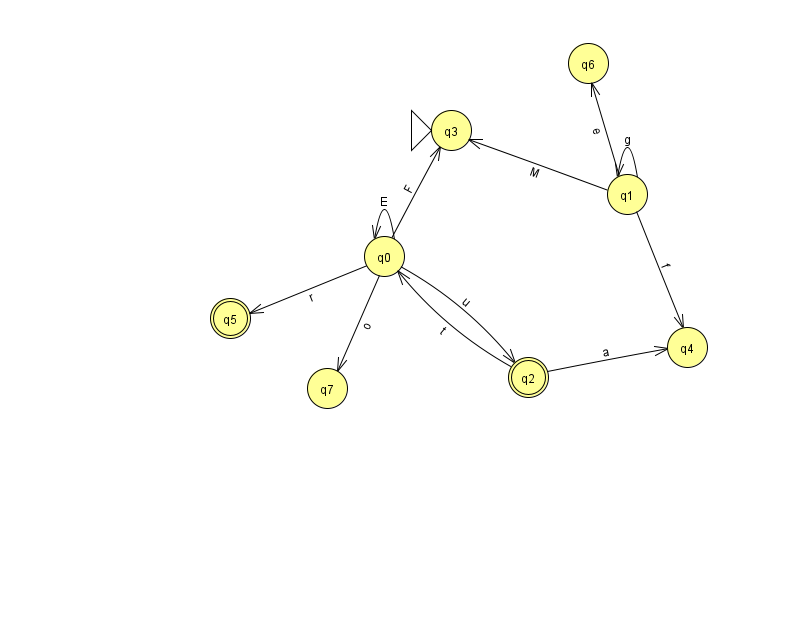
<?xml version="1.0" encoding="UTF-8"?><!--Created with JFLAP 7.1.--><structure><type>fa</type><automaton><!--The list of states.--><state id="0" name="q0"><x>384.0</x><y>243.0</y></state><state id="1" name="q1"><x>627.0</x><y>181.0</y></state><state id="2" name="q2"><x>528.0</x><y>364.0</y><final/></state><state id="3" name="q3"><x>451.0</x><y>117.0</y><initial/></state><state id="4" name="q4"><x>687.0</x><y>334.0</y></state><state id="5" name="q5"><x>230.0</x><y>305.0</y><final/></state><state id="6" name="q6"><x>588.0</x><y>50.0</y></state><state id="7" name="q7"><x>327.0</x><y>375.0</y></state><!--The list of transitions.--><transition><from>1</from><to>4</to><read>f</read></transition><transition><from>2</from><to>4</to><read>a</read></transition><transition><from>0</from><to>7</to><read>o</read></transition><transition><from>0</from><to>0</to><read>E</read></transition><transition><from>1</from><to>1</to><read>g</read></transition><transition><from>1</from><to>6</to><read>e</read></transition><transition><from>0</from><to>2</to><read>u</read></transition><transition><from>0</from><to>5</to><read>r</read></transition><transition><from>2</from><to>0</to><read>t</read></transition><transition><from>1</from><to>3</to><read>M</read></transition><transition><from>0</from><to>3</to><read>F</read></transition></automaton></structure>